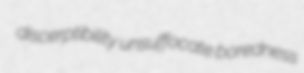
discerptibility unsuffocate boredness